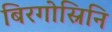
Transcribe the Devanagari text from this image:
बिरगोस्रिनि